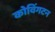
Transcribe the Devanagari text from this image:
कोविंगटन